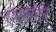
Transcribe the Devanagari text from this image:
एअस्टर